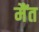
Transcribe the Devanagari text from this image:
मैंत